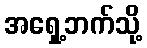
အရှေ့ဘက်သို့